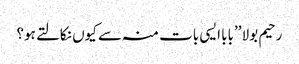
رحیم بولا ’’بابا ایسی بات منہ سے کیوں نکالتے ہو؟